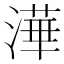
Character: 澕